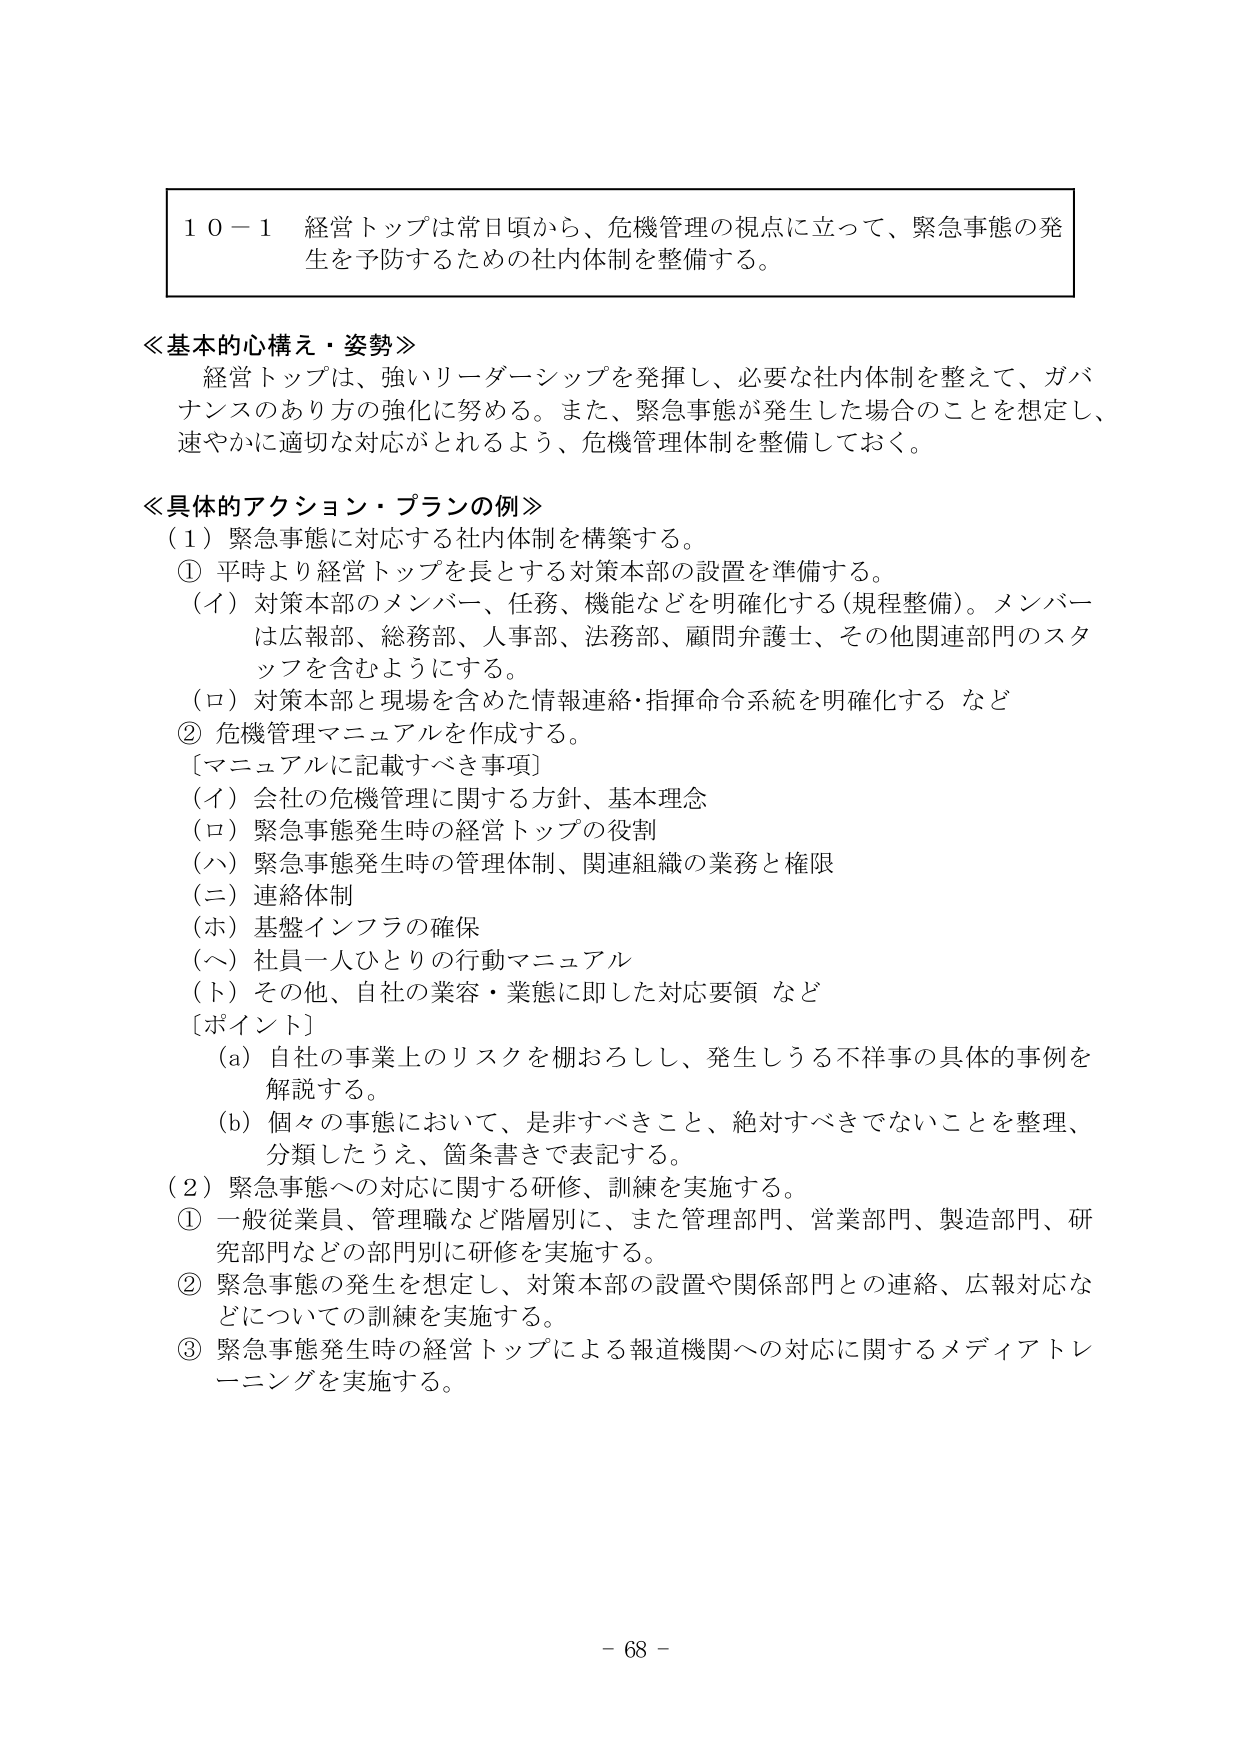
１０－１ 経営トップは常日頃から、危機管理の視点に立って、緊急事態の発生を予防するための社内体制を整備する。

≪基本的心構え・姿勢≫
経営トップは、強いリーダーシップを発揮し、必要な社内体制を整えて、ガバナンスのあり方の強化に努める。また、緊急事態が発生した場合のことを想定し、速やかに適切な対応がとれるよう、危機管理体制を整備しておく。

≪具体的アクション・プランの例≫
（１）緊急事態に対応する社内体制を構築する。
① 平時より経営トップを長とする対策本部の設置を準備する。
（イ）対策本部のメンバー、任務、機能などを明確化する（規程整備）。メンバーは広報部、総務部、人事部、法務部、顧問弁護士、その他関連部門のスタッフを含むようにする。
（ロ）対策本部と現場を含めた情報連絡・指揮命令系統を明確化する など
② 危機管理マニュアルを作成する。
［マニュアルに記載すべき事項］
（イ）会社の危機管理に関する方針、基本理念
（ロ）緊急事態発生時の経営トップの役割
（ハ）緊急事態発生時の管理体制、関連組織の業務と権限
（ニ）連絡体制
（ホ）基盤インフラの確保
（ヘ）社員一人ひとりの行動マニュアル
（ト）その他、自社の業容・業態に即した対応要領 など
［ポイント］
（a）自社の事業上のリスクを棚おろしし、発生しうる不祥事の具体的事例を解説する。
（b）個々の事態において、是非すべきこと、絶対すべきでないことを整理、分類したうえ、箇条書きで表記する。
（２）緊急事態への対応に関する研修、訓練を実施する。
① 一般従業員、管理職など階層別に、また管理部門、営業部門、製造部門、研究部門などの部門別に研修を実施する。
② 緊急事態の発生を想定し、対策本部の設置や関係部門との連絡、広報対応などについての訓練を実施する。
③ 緊急事態発生時の経営トップによる報道機関への対応に関するメディアトレーニングを実施する。

－ 68 －